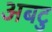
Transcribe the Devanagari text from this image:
अबटु